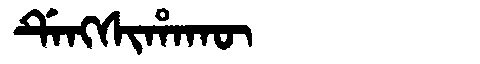
Manchu: ᡩᡝᠩᠰᡳᡥᠠᡴᡡ
Romanization: DENGSIHAKŪ